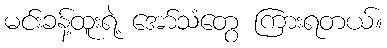
မင်းခန့်ထူးရဲ့ အော်သံတွေ ကြားရတယ်။